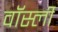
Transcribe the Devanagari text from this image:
वॉर्स्ली